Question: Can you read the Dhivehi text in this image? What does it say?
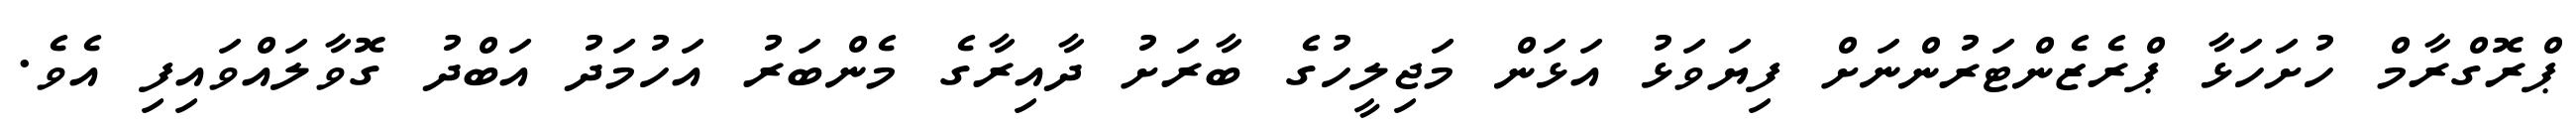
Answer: ޕްރޮގްރާމް ހުށަހަޅާ ޕްރެޒެންޓަރުންނަށް ފިޔަވަޅު އަޅަން މަޖިލީހުގެ ބާރަށު ދާއިރާގެ މެންބަރު އަހުމަދު އަބްދު ގޮވާލައްވައިފި އެވެ.